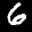
Label: 6